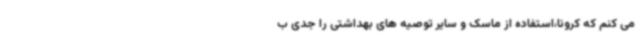
می کنم که کرونا،استفاده از ماسک و سایر توصیه های بهداشتی را جدی ب